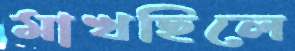
মাখছিলে